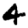
Digit: 4